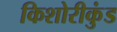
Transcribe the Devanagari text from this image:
किशोरीकुंड